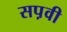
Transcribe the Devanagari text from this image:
सप़वी